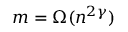
m = \Omega ( n ^ { 2 \gamma } )